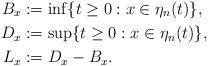
LaTeX: \begin{align*} B_x &:= \inf\{t\ge 0 : x\in \eta_n(t)\},\\ D_x &:= \sup\{t\ge 0 : x\in \eta_n(t)\},\\ L_x &:= D_x-B_x.\end{align*}